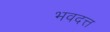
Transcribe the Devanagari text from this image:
भवदत्त